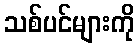
သစ်ပင်များကို